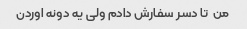
من  تا دسر سفارش دادم ولی یه دونه اوردن